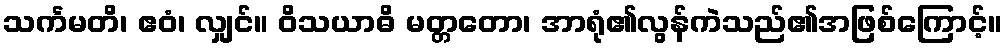
သင်္ကမတိ၊ ဧဝံ၊ လျှင်။ ဝိသယာဓိ မတ္တတော၊ အာရုံ၏လွန်ကဲသည်၏အဖြစ်ကြောင့်။